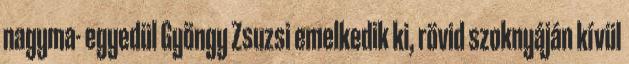
nagyma- egyedül Gyöngy Zsuzsi emelkedik ki, rövid szoknyáján kívül